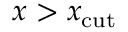
x > x _ { \mathrm { c u t } }